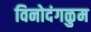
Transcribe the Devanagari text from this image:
विनोदंगळुम